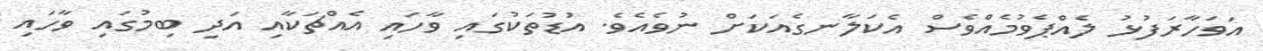
އަވަހާރަފުޅު ލެއްޕެވުމެއްވެސް އެކަލާނގެއަކަށް ނުވެއެވެ. އުޑުތަކުގައި ވާހައި އެއްޗަކާއި އަދި ބިމުގައި ވާހައި